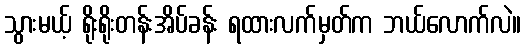
သွားမယ့် ရိုးရိုးတန်းအိပ်ခန်း ရထားလက်မှတ်က ဘယ်လောက်လဲ။